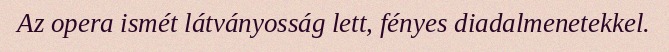
Az opera ismét látványosság lett, fényes diadalmenetekkel.